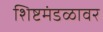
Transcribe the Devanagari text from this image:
शिष्टमंडळावर